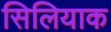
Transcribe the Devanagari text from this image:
सिलियाक